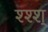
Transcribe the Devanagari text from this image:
श्श्श्